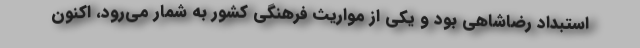
استبداد رضاشاهی بود و یکی از مواریث فرهنگی کشور به شمار می‌رود، اکنون